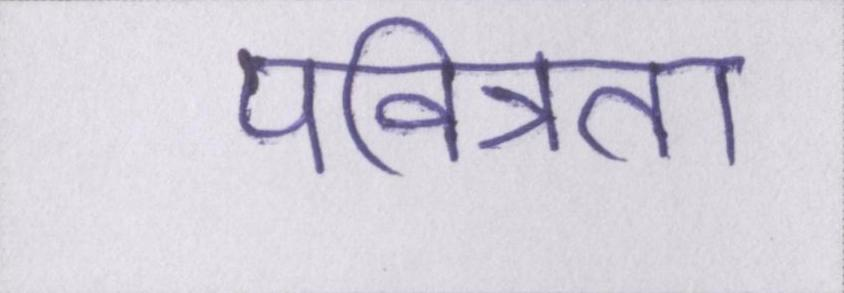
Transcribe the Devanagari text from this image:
पवित्रता